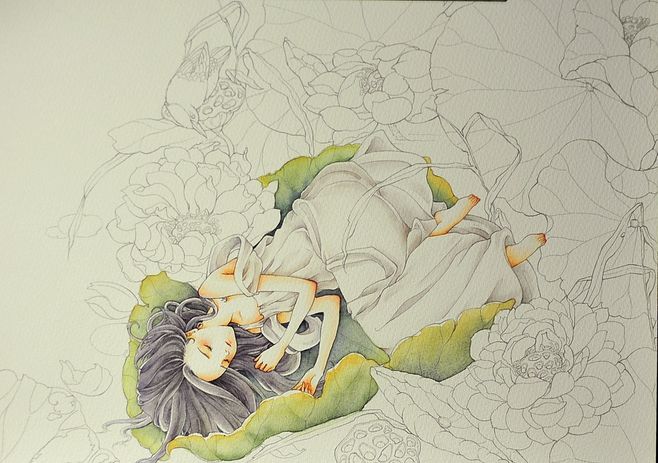
世间花叶不相伦，花入金盆叶作尘。